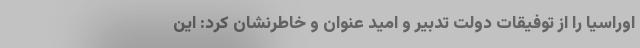
اوراسیا را از توفیقات دولت تدبیر و امید عنوان و خاطرنشان کرد: این